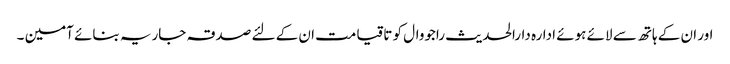
اور ان کے ہاتھ سے لائے ہوئے ادارہ دارالحدیث راجووال کو تاقیامت ان کے لئے صدقہ جاریہ بنائے آمین ۔